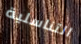
التناسلية